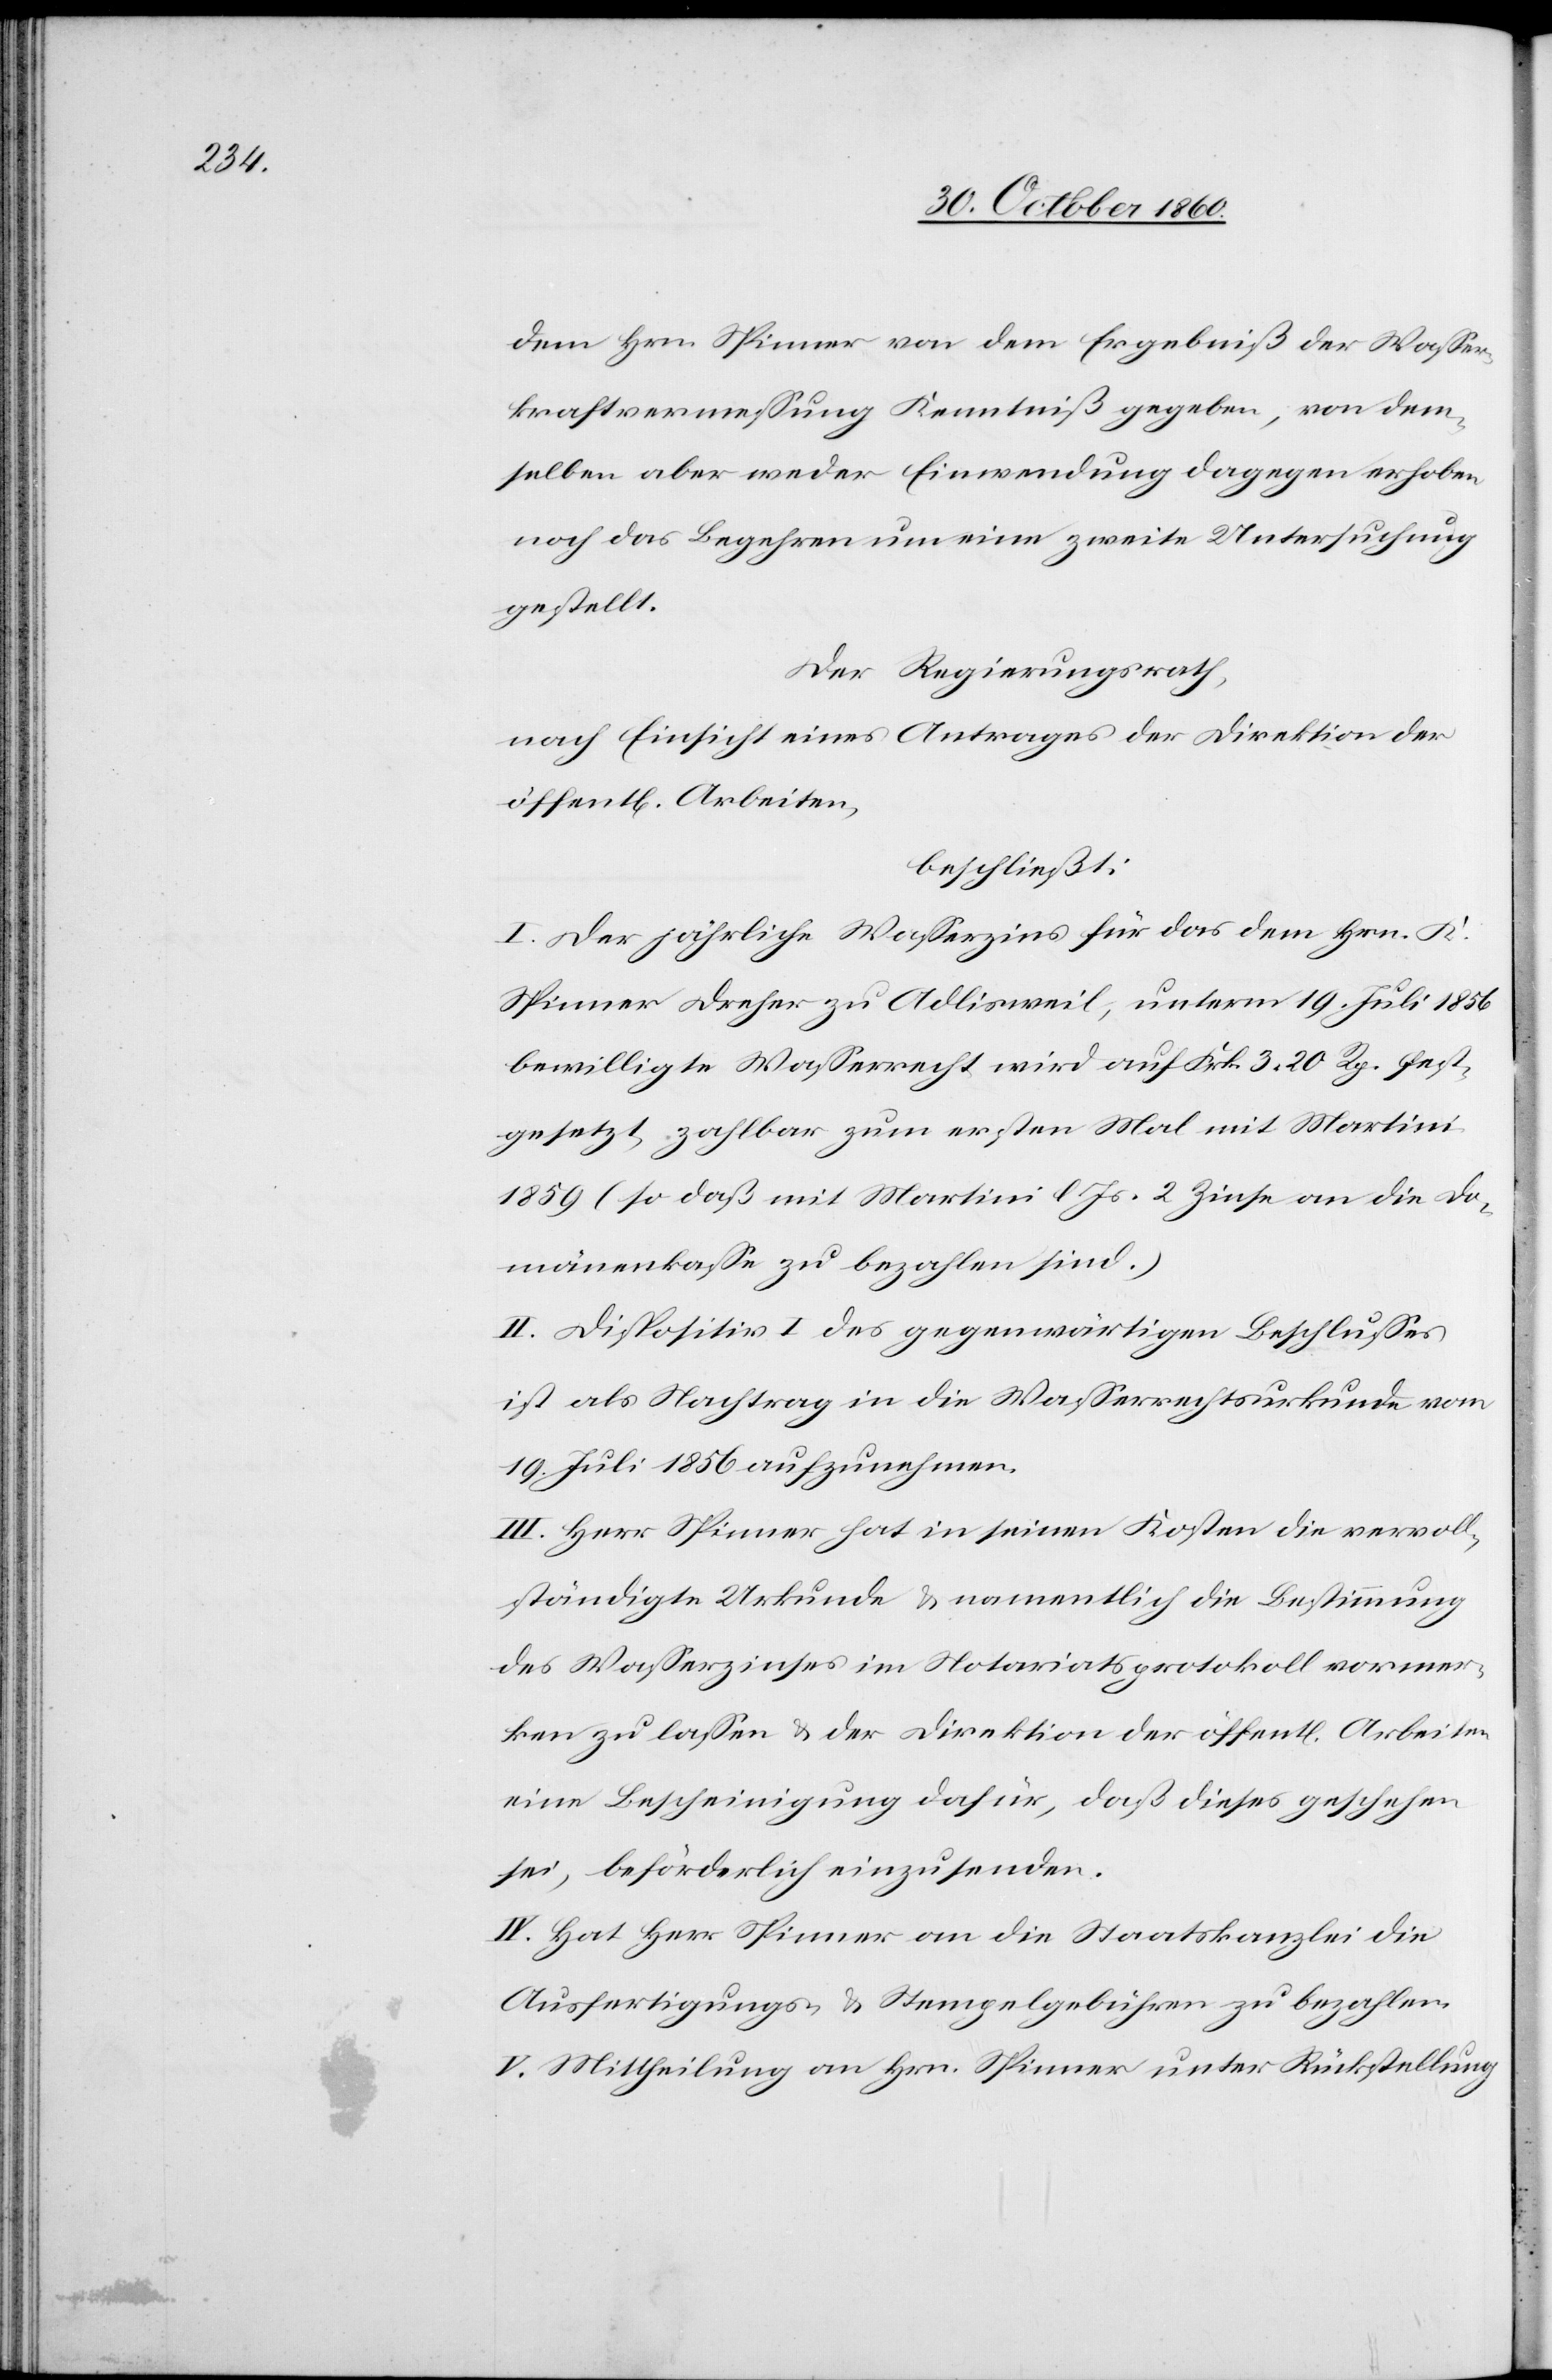
dem Hrn. Spinner von dem Ergebniß der Wasser¬
kraftvermessung Kenntniß gegeben, von dem¬
selben aber weder Einwendung dagegen erhoben
noch das Begehren um eine zweite Untersuchung
gestellt.
Der Regierungsrath,
nach Einsicht eines Antrages der Direktion der
beschließt:
I. Der jährliche Wasserzins für das dem Hrn. K.
Spinner Dreher zu Adlisweil, unterm 19. Juli 1856
bewilligte Wasserrecht wird auf Frk. 3 20 Rp. fest¬
gesetzt, zahlbar zum ersten Mal mit Martini
1859 (so daß mit Martini l. Js. 2 Zinse an die Do¬
mänenkasse zu bezahlen sind.)
II. Dispositiv I des gegenwärtigen Beschlusses
ist als Nachtrag in die Wasserrechtsurkunde vom
19. Juli 1856 aufzunehmen.
III. Herr Spinner hat in seinen Kosten die vervoll¬
ständigte Urkunde u. namentlich die Bestimmung
des Wasserzinses im Notariatsprotokoll vormer¬
ken zu lassen u. der Direktion der öffent[lichen] Arbeiten
eine Bescheinigung dafür, daß dieses geschehen
sei, beförderlich einzusenden.
IV. Hat Herr Spinner an die Staatskanzlei die
Ausfertigungs- u. Stempelgebühren zu bezahlen.
V. Mittheilung an Hrn. Spinner unter Rückstellung